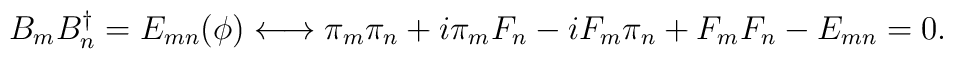
B_{m} B^{\dagger}_{n} = E_{mn}(\phi) \longleftrightarrow \pi_{m}\pi_{n} + i\pi_{m}F_{n} -i F_{m}\pi_{n} +F_{m}F_{n} - E_{mn} = 0.